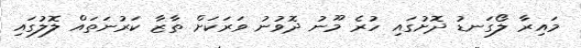
މައިރާ ލޯގަނޑު ދޮށުގައި ހުރެ މޫނު ދޮވުނު ވަރަކަށް ތާޒާ ކަރުނަތައް ލޮލުގައި